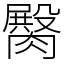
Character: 臋